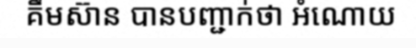
គឹមស៊ាន បានបញ្ជាក់ថា អំណោយ